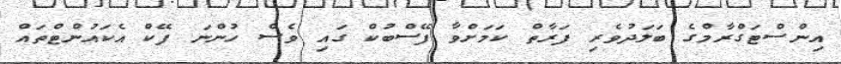
އިންސްޓަގްރާމްގެ ބަލަދުވެރި ފަރާތް ކަމަށްވާ ފޭސްބުކް ގައި ވެސް ހުންނަ ފޭކް އެކައުންޓްތައް